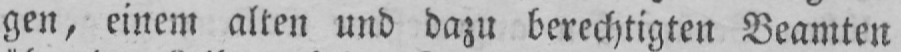
gen, einem alten und dazu berechtigten Beamten